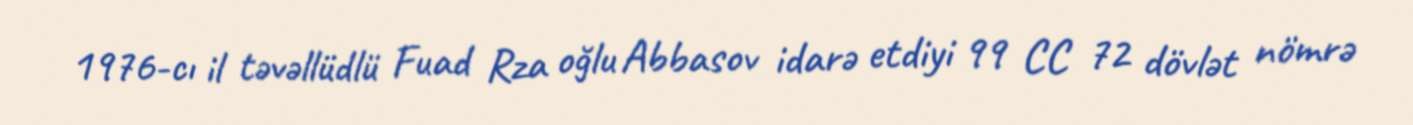
1976-cı il təvəllüdlü Fuad Rza oğlu Abbasov idarə etdiyi 99 CC 72 dövlət nömrə